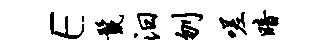
E鬣汨刎嗟暗